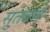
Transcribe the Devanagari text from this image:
सुतवणे